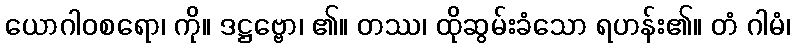
ယောဂါဝစရော၊ ကို။ ဒဋ္ဌဗ္ဗော၊ ၏။ တဿ၊ ထိုဆွမ်းခံသော ရဟန်း၏။ တံ ဂါမံ၊